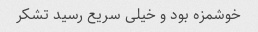
خوشمزه بود و خیلی سریع رسید تشکر